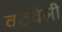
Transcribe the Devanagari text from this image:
वठवेली